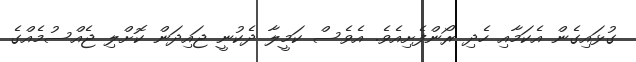
ގުޅައިގެން އެކަމާއި ހެދި ރޯންފެށިއެވެ. އެވެސް ކަމީލާ ދެކުނީ ޖައިދަން ކޮށްލި ޖެއްސުމެއްގެ